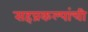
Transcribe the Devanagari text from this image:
सहप्रकल्पांची